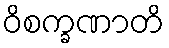
ဝိစက္ခဏာတိ